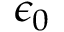
\epsilon _ { 0 }